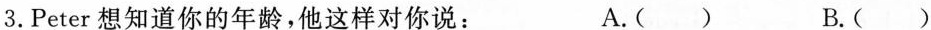
3.Peter想知道你的年龄，他这样对你说： A.( ) B.( )